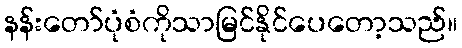
နန်းတော်ပုံစံကိုသာမြင်နိုင်ပေတော့သည်။